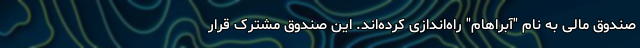
صندوق مالی به نام "آبراهام" راه‌اندازی کرده‌اند. این صندوق مشترک قرار